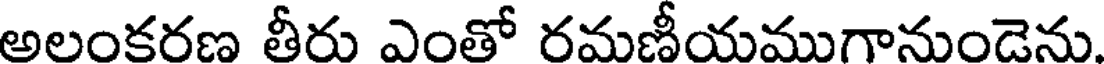
అలంకరణ తీరు ఎంతో రమణీయముగానుండెను